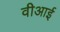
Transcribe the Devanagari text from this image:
वीआई